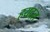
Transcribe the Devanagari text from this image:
हयदल